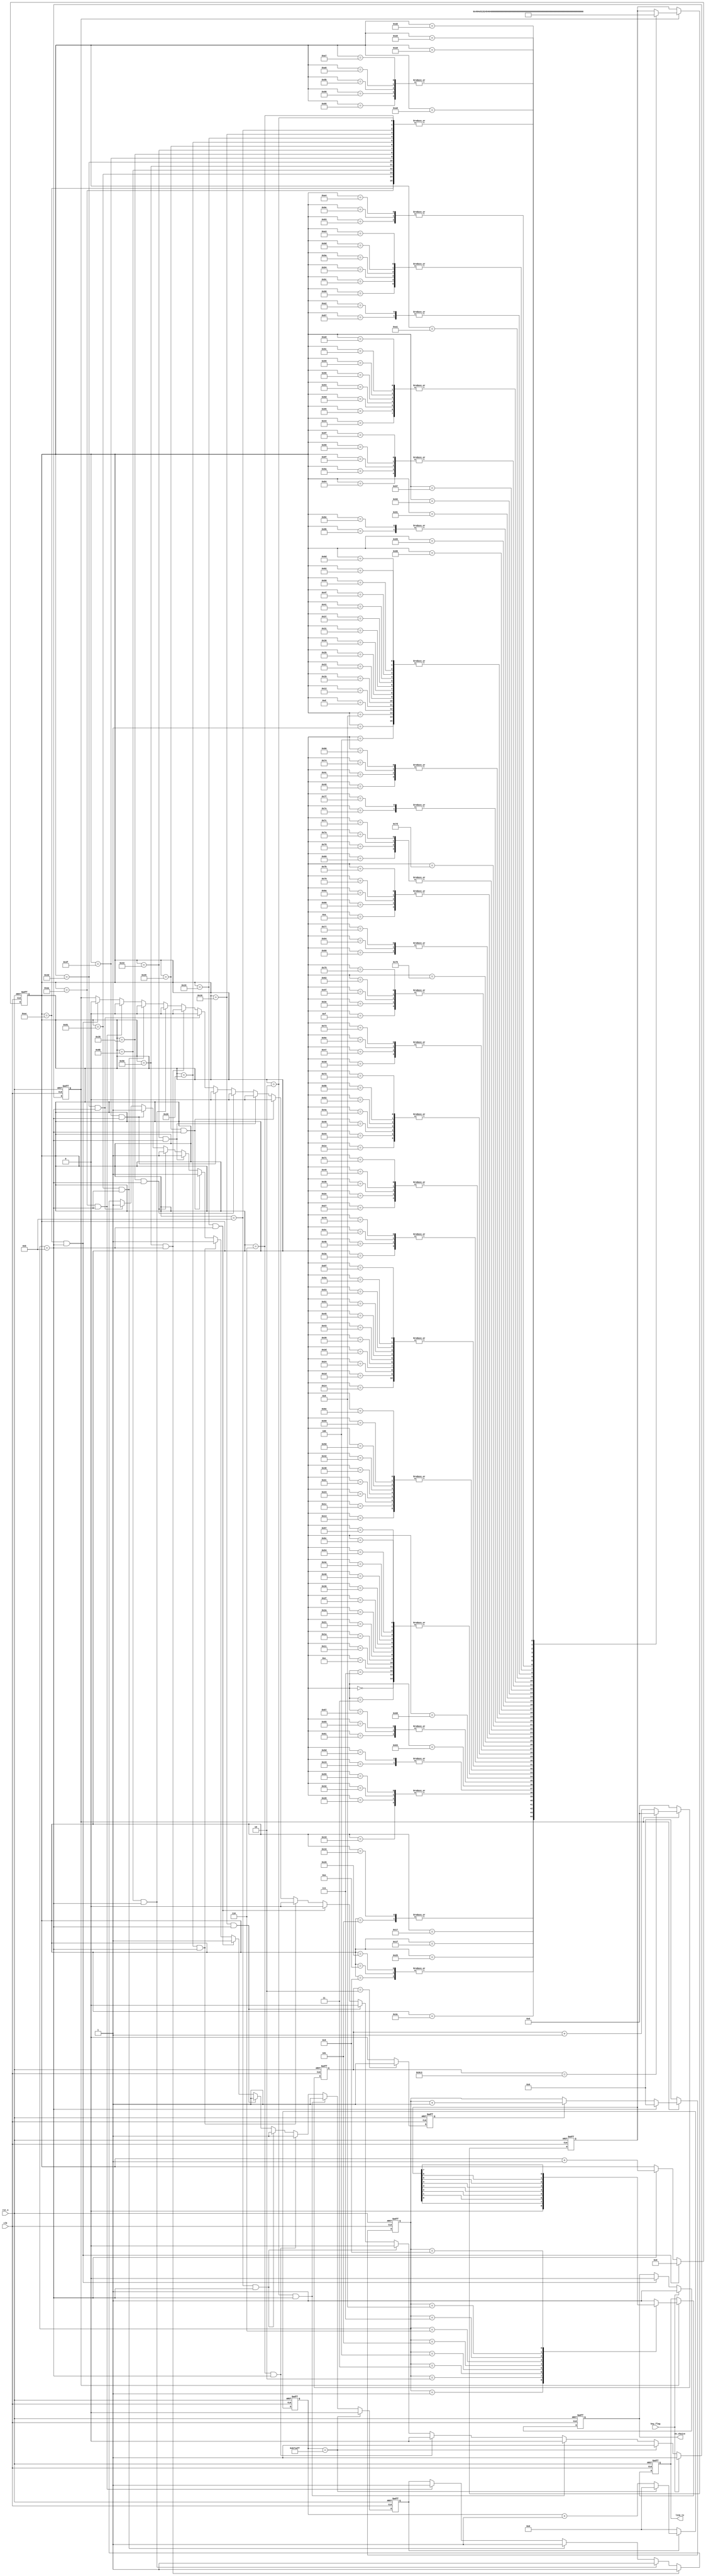
module gsm_me(clk,
	rst_n,
	key_flag,
	line_tx,
	en_choice
    );
     input clk;
	 input rst_n;
	 input key_flag;
	 output reg line_tx;
	 output reg en_choice;
	 
	 
parameter tx_start = 0,tx_stop = 1;
parameter delay_cnt = 12000000;
parameter telephone = "18740404399";
//parameter data_tx = "A"; 
reg [7:0]data_tx;
reg [12:0] cnt;  //
reg clk_tx;      //
reg [3:0] cnt_tx;
reg en ;
reg [7:0]stop;

reg [24:0]cnt_20ms; //
reg en_cnt_20ms;

//
always @(posedge clk or negedge rst_n)
    if(!rst_n)
	    en_choice <= 0;
	else if(key_flag)
	    en_choice <= 1;
	else if(stop == 172 && cnt_tx == 11)
	    en_choice <= 0;
	else 
	    en_choice <= en_choice;

always @(posedge clk or negedge rst_n)
    if(!rst_n)
	    en_cnt_20ms <= 0;
	else if(cnt_20ms == delay_cnt - 1'b1)
	    en_cnt_20ms <= 0;
	else if(stop == 2 && cnt_tx == 11)//
	    en_cnt_20ms <= 1;
	else if(stop == 6 && cnt_tx == 11)//
	    en_cnt_20ms <= 1;
	else if(stop == 11 && cnt_tx == 11)//
	    en_cnt_20ms <= 1;
	else if(stop == 16 && cnt_tx == 11)//
	    en_cnt_20ms <= 1;
    else if(stop == 25 && cnt_tx == 11)//
	    en_cnt_20ms <= 1;
    else if(stop == 32 && cnt_tx == 11)//
	    en_cnt_20ms <= 1;
    else if(stop == 41 && cnt_tx == 11)//
	    en_cnt_20ms <= 1;
    else if(stop == 51 && cnt_tx == 11)//
	    en_cnt_20ms <= 1;
    else if(stop == 53 && cnt_tx == 11)//
	    en_cnt_20ms <= 1;
    else if(stop == 63 && cnt_tx == 11)//
	    en_cnt_20ms <= 1;
    else if(stop == 77 && cnt_tx == 11)//
	    en_cnt_20ms <= 1;
    else if(stop == 86 && cnt_tx == 11)//
	    en_cnt_20ms <= 1;
    else if(stop == 107 && cnt_tx == 11)//
	    en_cnt_20ms <= 1;
    else if(stop == 129 && cnt_tx == 11)//
	    en_cnt_20ms <= 1;
    else if(stop == 170 && cnt_tx == 11)//
	    en_cnt_20ms <= 1;
	else 
	    en_cnt_20ms <= en_cnt_20ms;
		
always @(posedge clk or negedge rst_n)
    if(!rst_n)
	    cnt_20ms <= 0;
	else if(en_cnt_20ms)
	    if(cnt_20ms == delay_cnt - 1'b1)
		    cnt_20ms <= 0;
		else 
		    cnt_20ms <= cnt_20ms + 1'b1;
	else 
	    cnt_20ms <= 0;

always @(posedge clk or negedge rst_n)
    if(!rst_n)
	    stop <= 0;
	else if(stop == 172 && cnt_tx == 11)
	    stop <= 0;
	else if(cnt_tx == 11)
	    stop <= stop + 1'b1;
	else 
	    stop <= stop;
		
always @(posedge clk or negedge rst_n)
    if(!rst_n)
	     data_tx <= 8'b1011_1110;
	else if(en)
	     case(stop)
	     'd0:data_tx <= "A";	 
	     'd1:data_tx <= "T";
		 'd2:data_tx <= 8'b0000_1101;//
         'd3:data_tx <= "A";	 
	     'd4:data_tx <= "T";
         'd5:data_tx <= "I";
		 'd6:data_tx <= 8'b0000_1101;//
         'd7:data_tx <= "A";	 
	     'd8:data_tx <= "T";
         'd9:data_tx <= "E";
         'd10:data_tx <= "0";
		 'd11:data_tx <= 8'b0000_1101;//
         'd12:data_tx <= "A";	 
	     'd13:data_tx <= "T";
         'd14:data_tx <= "E";
         'd15:data_tx <= "1";
		 'd16:data_tx <= 8'b0000_1101;//
         'd17:data_tx <= "A";	 
	     'd18:data_tx <= "T";
         'd19:data_tx <= "+";
         'd20:data_tx <= "C";
         'd21:data_tx <= "P";
         'd22:data_tx <= "I";
         'd23:data_tx <= "N";
         'd24:data_tx <= "?";
		 'd25:data_tx <= 8'b0000_1101;//
         'd26:data_tx <= "A";	 
	     'd27:data_tx <= "T";
         'd28:data_tx <= "+";
         'd29:data_tx <= "C";
         'd30:data_tx <= "S";
         'd31:data_tx <= "Q";
		 'd32:data_tx <= 8'b0000_1101;//
         'd33:data_tx <= "A";	 
	     'd34:data_tx <= "T";
         'd35:data_tx <= "+";
         'd36:data_tx <= "C";
         'd37:data_tx <= "R";
         'd38:data_tx <= "E";
         'd39:data_tx <= "G";
         'd40:data_tx <= "?";
		 'd41:data_tx <= 8'b0000_1101;//
         'd42:data_tx <= "A";	 
	     'd43:data_tx <= "T";
         'd44:data_tx <= "+";
         'd45:data_tx <= "C";
         'd46:data_tx <= "G";
         'd47:data_tx <= "A";
         'd48:data_tx <= "T";
         'd49:data_tx <= "T";
         'd50:data_tx <= "?";
		 'd51:data_tx <= 8'b0000_1101;//
         'd52:data_tx <= 8'b0010_0000;//
         'd53:data_tx <= 8'b0000_1101;//
		 'd54:data_tx <= "A";	 
	     'd55:data_tx <= "T";
		 'd56:data_tx <= "+";
		 'd57:data_tx <= "C";	 
	     'd58:data_tx <= "M";
		 'd59:data_tx <= "G";
		 'd60:data_tx <= "F";
		 'd61:data_tx <= "=";
		 'd62:data_tx <= "1";
		 'd63:data_tx <= 8'b0000_1101;//
         'd64:data_tx <= "A";	 
	     'd65:data_tx <= "T";
		 'd66:data_tx <= "+";
		 'd67:data_tx <= "C";	 
	     'd68:data_tx <= "S";
		 'd69:data_tx <= "C";
		 'd70:data_tx <= "S";
		 'd71:data_tx <= "=";
         'd72:data_tx <= 8'b0010_0010;//"
		 'd73:data_tx <= "G";
		 'd74:data_tx <= "S";
		 'd75:data_tx <= "M";
         'd76:data_tx <= 8'b0010_0010;//"
		 'd77:data_tx <= 8'b0000_1101;//
         'd78:data_tx <= "A";	 
	     'd79:data_tx <= "T";
		 'd80:data_tx <= "+";
		 'd81:data_tx <= "C";	 
	     'd82:data_tx <= "S";
		 'd83:data_tx <= "C";
		 'd84:data_tx <= "A";
		 'd85:data_tx <= "?";
		 'd86:data_tx <= 8'b0000_1101;//
         'd87:data_tx <= "A";	 
	     'd88:data_tx <= "T";
		 'd89:data_tx <= "+";
		 'd90:data_tx <= "C";	 
	     'd91:data_tx <= "S";
		 'd92:data_tx <= "M";
		 'd93:data_tx <= "P";
		 'd94:data_tx <= "=";
		 'd95:data_tx <= "1";
         'd96:data_tx <= "7";
         'd97:data_tx <= ",";
         'd98:data_tx <= "1";
         'd99:data_tx <= "6";
         'd100:data_tx <= "7";
         'd101:data_tx <= ",";
         'd102:data_tx <= "0";
         'd103:data_tx <= ",";
         'd104:data_tx <= "2";
         'd105:data_tx <= "4";
         'd106:data_tx <= "0";
		 'd107:data_tx <= 8'b0000_1101;//
		 'd108:data_tx <= "A";	 
	     'd109:data_tx <= "T";
		 'd110:data_tx <= "+";
		 'd111:data_tx <= "C";	 
	     'd112:data_tx <= "M";
		 'd113:data_tx <= "G";
		 'd114:data_tx <= "S";
		 'd115:data_tx <= "=";
		 'd116:data_tx <= 8'b0010_0010;//"
		 'd117:data_tx <= telephone[87:80];
		 'd118:data_tx <= telephone[79:72];
		 'd119:data_tx <= telephone[71:64];
		 'd120:data_tx <= telephone[63:56];
		 'd121:data_tx <= telephone[55:48];
		 'd122:data_tx <= telephone[47:40];
		 'd123:data_tx <= telephone[39:32];
		 'd124:data_tx <= telephone[31:24];
		 'd125:data_tx <= telephone[23:16];
		 'd126:data_tx <= telephone[15:8];
		 'd127:data_tx <= telephone[7:0];
		 'd128:data_tx <= 8'b0010_0010;//"
		 'd129:data_tx <= 8'b0000_1101;//
		 'd130:data_tx <= "T";
		 'd131:data_tx <= "h";
		 'd132:data_tx <= "e";
		 'd133:data_tx <= 8'b0010_0000;//
		 'd134:data_tx <= "p";
		 'd135:data_tx <= "a";
		 'd136:data_tx <= "t";
		 'd137:data_tx <= "i";
		 'd138:data_tx <= "e";
		 'd139:data_tx <= "n";
		 'd140:data_tx <= "t";
		 'd141:data_tx <= 8'b0010_0000;//
		 'd142:data_tx <= "n";
		 'd143:data_tx <= "e";
		 'd144:data_tx <= "e";  //16
		 'd145:data_tx <= "d";
		 'd146:data_tx <= "s";
		 'd147:data_tx <= 8'b0010_0000;//
		 'd148:data_tx <= "t";
		 'd149:data_tx <= "o";
		 'd150:data_tx <= 8'b0010_0000;//
		 'd151:data_tx <= "g";
		 'd152:data_tx <= "o";
		 'd153:data_tx <= 8'b0010_0000;//
		 'd154:data_tx <= "t";
		 'd155:data_tx <= "o";
		 'd156:data_tx <= 8'b0010_0000;//
		 'd157:data_tx <= "t";
		 'd158:data_tx <= "h";
		 'd159:data_tx <= "e";
		 'd160:data_tx <= 8'b0010_0000;//
		 'd161:data_tx <= "b";
		 'd162:data_tx <= "a";
		 'd163:data_tx <= "t";
		 'd164:data_tx <= "h";
		 'd165:data_tx <= "r";
		 'd166:data_tx <= "o";
		 'd167:data_tx <= "o";
		 'd168:data_tx <= "m";
		 'd169:data_tx <= ".";
		 'd170:data_tx <= 8'b0000_1101;//
		 'd171:data_tx <= 8'b0001_1010;//HEX :1A
		 'd172:data_tx <= 8'b0000_1101;//
	     endcase		
		
always @(posedge clk or negedge rst_n)
begin
    if(!rst_n)
	    en <= 0;
	else if(key_flag)
	    en <= 1;
	else if(cnt_20ms == delay_cnt - 1'b1)
	    en <= 1;
	else if(stop == 2 && cnt_tx == 11)//
	    en <= 0;
	else if(stop == 6 && cnt_tx == 11)//
	    en <= 0;
	else if(stop == 11 && cnt_tx == 11)//
	    en <= 0;
	else if(stop == 16 && cnt_tx == 11)//
	    en <= 0;
	else if(stop == 25 && cnt_tx == 11)//
	    en <= 0;
    else if(stop == 32 && cnt_tx == 11)//
	    en <= 0;
    else if(stop == 41 && cnt_tx == 11)//
	    en <= 0;
    else if(stop == 51 && cnt_tx == 11)//
	    en <= 0;
    else if(stop == 53 && cnt_tx == 11)//
	    en <= 0;
    else if(stop == 63 && cnt_tx == 11)//
	    en <= 0;
    else if(stop == 77 && cnt_tx == 11)//
	    en <= 0;
    else if(stop == 86 && cnt_tx == 11)//
	    en <= 0;
    else if(stop == 107 && cnt_tx == 11)//
	    en <= 0;
    else if(stop == 129 && cnt_tx == 11)//
	    en <= 0;
    else if(stop == 170 && cnt_tx == 11)//
	    en <= 0;
    else if(stop == 172 && cnt_tx == 11)//
	    en <= 0;
	else 
	    en <= en;
end

// 


always @(posedge clk or negedge rst_n)
begin
    if(!rst_n)
	     cnt <= 0;
	 else if(en)
	 begin
	     if(cnt == 2499)
	         cnt <= 0;
	     else 
	         cnt <= cnt + 1'b1;
	 end
	 else 
	     cnt <= 0;
end
//

always @(posedge clk or negedge rst_n)
begin
    if(!rst_n)
	     clk_tx <= 0;
	 else if(cnt == 2)
	     clk_tx <= 1;
	 else 
	     clk_tx <= 0;
end
//

always @(posedge clk or negedge rst_n)
begin
    if(!rst_n)
	     cnt_tx <= 0;
	 else if(en)
	 begin
	     if(cnt_tx == 11)
	         cnt_tx <= 0;
	     else if(clk_tx)
	         cnt_tx <= cnt_tx + 1'b1;
	 end
	 else 
	     cnt_tx <= 0;
end

//
always @(posedge clk or negedge rst_n)
begin
    if(!rst_n)
        line_tx <= 1;
	 else if(en)
	 case(cnt_tx)
	 'd0:line_tx <= 1;
	 'd1:line_tx <= tx_start;
	 'd2:line_tx <= data_tx[0];
	 'd3:line_tx <= data_tx[1];
	 'd4:line_tx <= data_tx[2];
	 'd5:line_tx <= data_tx[3];
	 'd6:line_tx <= data_tx[4];
	 'd7:line_tx <= data_tx[5];
	 'd8:line_tx <= data_tx[6];
	 'd9:line_tx <= data_tx[7];
	 'd10:line_tx <= tx_stop;
	 default:line_tx <= 1;
	 endcase
end


endmodule